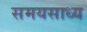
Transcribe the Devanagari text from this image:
समयसाध्य